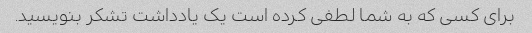
برای کسی که به شما لطفی کرده است یک یادداشت تشکر بنویسید.